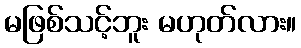
မဖြစ်သင့်ဘူး မဟုတ်လား။